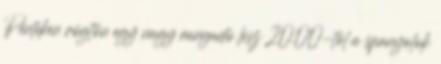
Pénteken rögtön egy nagy rangadó lesz 20.00-tól a spanyolok